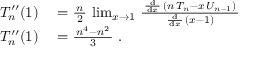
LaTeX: \begin{array} { r l } { T _ { n } ^ { \prime \prime } ( 1 ) } & { { } = { \frac { \, n \, } { 2 } } \, \operatorname* { l i m } _ { x \to 1 } \, { \frac { \, { \frac { \mathrm { d } } { \, \mathrm { d } x \, } } \, \left( n \, T _ { n } - x \, U _ { n - 1 } \right) \, } { \, { \frac { \mathrm { d } } { \, \mathrm { d } x \, } } \, ( x - 1 ) \, } } } \\ { T _ { n } ^ { \prime \prime } ( 1 ) } & { { } = { \frac { \, n ^ { 4 } - n ^ { 2 } \, } { 3 } } ~ . } \end{array}